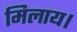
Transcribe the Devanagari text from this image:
मिलाय।